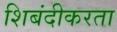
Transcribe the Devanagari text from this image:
शिबंदीकरता